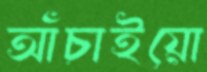
আঁচাইয়ো